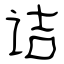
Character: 诘